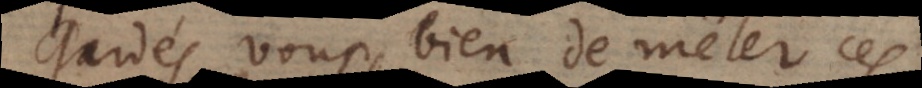
Gardés vous bien de mêler ces